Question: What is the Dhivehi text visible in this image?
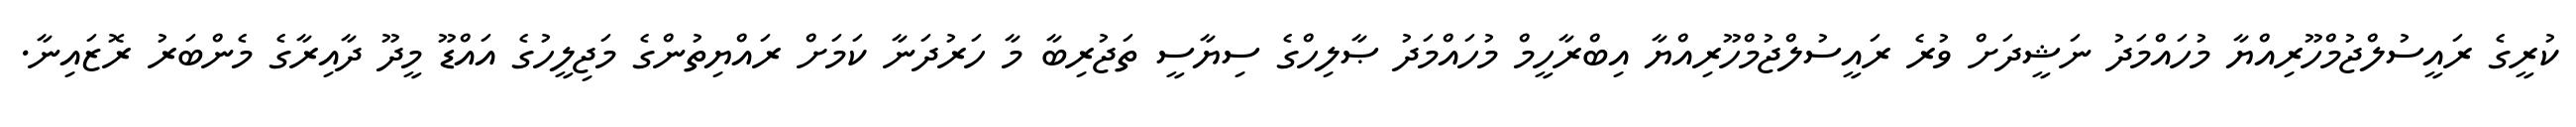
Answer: ކުރީގެ ރައީސުލްޖުމްހޫރިއްޔާ މުހައްމަދު ނަޝީދަށް ވުރެ ރައީސުލްޖުމްހޫރިއްޔާ އިބްރާހީމް މުހައްމަދު ޞާލިހްގެ ސިޔާސީ ތަޖުރިބާ މާ ހަރުދަނާ ކަމަށް ރައްޔިތުންގެ މަޖިލީހުގެ އައްޑޫ މީދޫ ދާއިރާގެ މެންބަރު ރޮޒައިނާ.